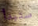
ستبدأ